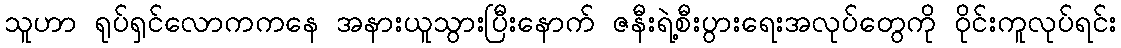
သူဟာ ရုပ်ရှင်လောကကနေ အနားယူသွားပြီးနောက် ဇနီးရဲ့စီးပွားရေးအလုပ်တွေကို ဝိုင်းကူလုပ်ရင်း